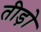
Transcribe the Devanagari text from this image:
तीड़ो